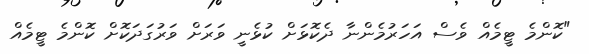
"ކޮންމެ ޓީމެއް ވެސް އަހަރުމެންނާ ދެކޮޅަށް ކުޅެނީ ވަރަށް ވަރުގަދަކޮށް ކޮންމެ ޓީމެއް